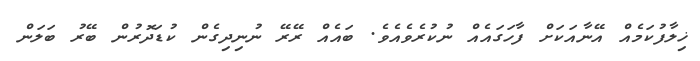
ޚިލާފުކަމެއް އޭނާއަކަށް ފާހަގައެއް ނުކުރެވެއެވެ. ބައެއް ރޭރޭ ނުނިދިގެން ކުޑަދޮރުން ބޭރު ބަލަން